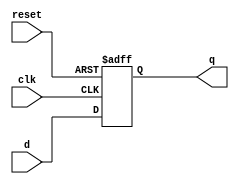
module edge_triggered_ff (
    input wire clk,         // Clock signal
    input wire reset,       // Asynchronous reset signal
    input wire d,           // Data input
    output reg q            // Data output
);

    // Always block sensitive to negative edge of clk
    always @(negedge clk or posedge reset) begin
        if (reset) begin
            // Asynchronous reset
            q <= 1'b0;      // Reset output to 0
        end else begin
            // Capture data on negative edge
            q <= d;         // Assign input data to output
        end
    end

endmodule